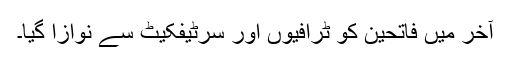
آخر میں فاتحین کو ٹرافیوں اور سرٹیفکیٹ سے نوازا گیا۔